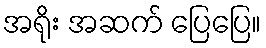
အရိုး အဆက် ပြေပြေ။